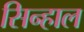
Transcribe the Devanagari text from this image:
सिन्हाल